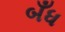
બઁધ